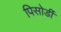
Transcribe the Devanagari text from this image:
पिसोर्डी